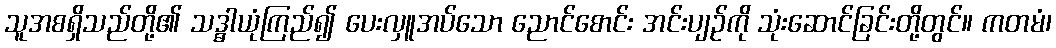
သူအစရှိသည်တို့၏ သဒ္ဓါယုံကြည်၍ ပေးလှူအပ်သော ညောင်စောင်း အင်းပျဉ်ကို သုံးဆောင်ခြင်းတို့တွင်။ ကတမံ၊